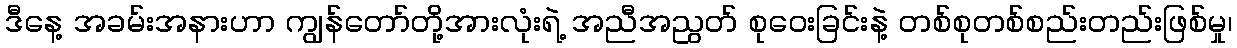
ဒီနေ့ အခမ်းအနားဟာ ကျွန်တော်တို့အားလုံးရဲ့ အညီအညွတ် စုဝေးခြင်းနဲ့ တစ်စုတစ်စည်းတည်းဖြစ်မှု၊